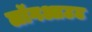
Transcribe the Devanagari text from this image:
लॉगआउट